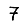
Digit: 7